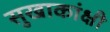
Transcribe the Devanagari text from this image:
सुखाकांक्षी